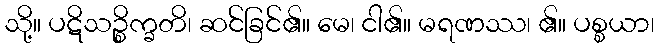
သို့။ ပဋိသဉ္စိက္ခတိ၊ ဆင်ခြင်၏။ မေ၊ ငါ၏။ မရဏဿ၊ ၏။ ပစ္စယာ၊